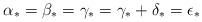
LaTeX: \begin{align*}\alpha_*=\beta_*=\gamma_*=\gamma_*+\delta_*=\epsilon_*\end{align*}